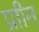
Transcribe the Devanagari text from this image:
प्राीन